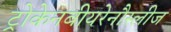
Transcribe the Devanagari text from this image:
ट्रोकेनबीयरेनौस्लीज